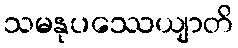
သမနုပဿေယျာတိ